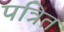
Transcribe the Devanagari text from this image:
पत्रित